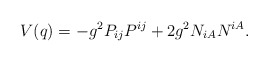
\begin{align*}V(q)=-g^{2}P_{ij}P^{ij}+2g^{2}N_{iA}N^{iA}.\end{align*}